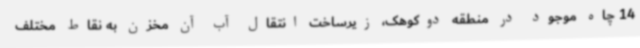
14 چاه موجود در منطقه دوکوهک، زیرساخت انتقال آب آن مخزن به نقاط مختلف